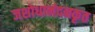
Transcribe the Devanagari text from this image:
जशोधानंदनकृत